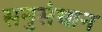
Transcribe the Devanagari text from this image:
सनुसंधान